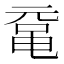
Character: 鼋